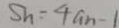
S _ { h } = 4 a _ { h - 1 }